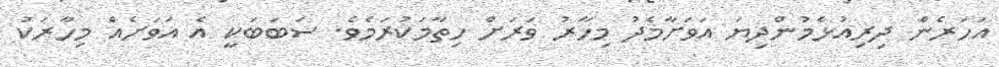
އަހަރެން ދިރިއުޅެމުންދިޔަ އަވަށާމެދު މިހާރު ވަރަށް ހިތާމަކުރަމެވެ. ސަބަބަކީ އެ އަވަށެއް މިހާރަކު